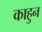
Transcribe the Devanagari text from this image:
काहुन